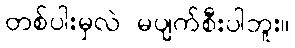
တစ်ပါးမှလဲ မပျက်စီးပါဘူး။